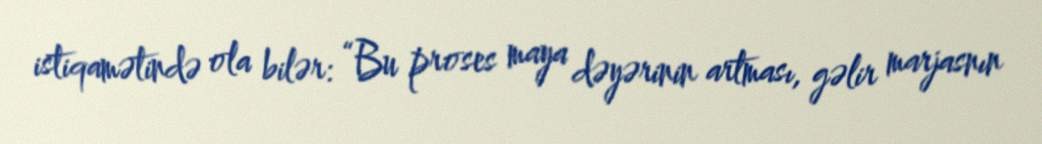
istiqamətində ola bilər: “Bu proses maya dəyərinin artması, gəlir marjasnın